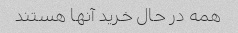
همه در حال خرید آنها هستند